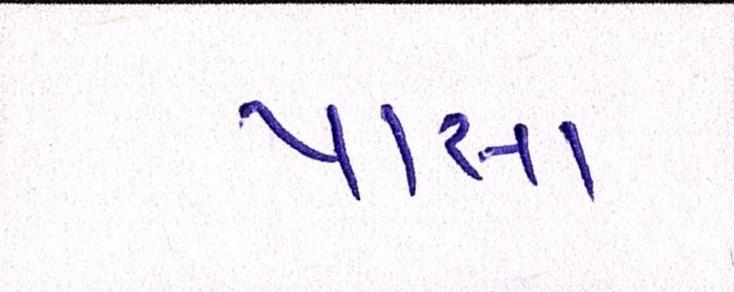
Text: પાસા